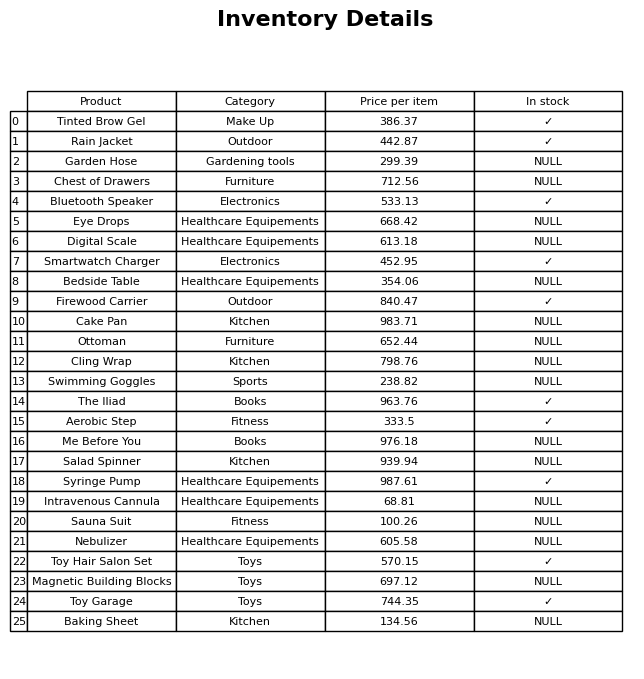
question: What category does the Digital Scale belong to?
answer: Healthcare Equipements